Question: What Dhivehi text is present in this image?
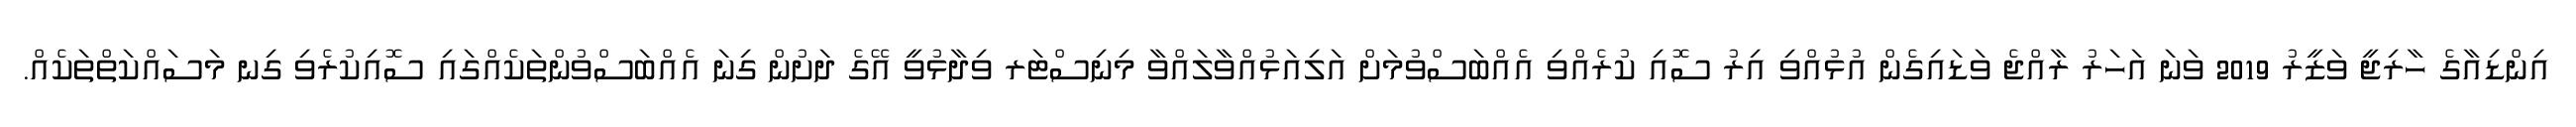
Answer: އިންޑިއާގެ ހާރިޖީ ވަޒީރު 2019 ވަނަ އަހަރު ރާއްޖެ ވަޑައިގެން އުޅުއްވި އިރު ސޮއި ކުރެއްވި އެއްބަސްވުމަށް އަލިއަޅުއްވާލައްވާ މިނިސްޓަރ ވިދާޅުވީ އޭގެ ދަށުން ގިނަ އެއްބަސްވުންތަކެއްގައި ސޮއިކުރެވި ގިނ މަސައްކަތްތަކެއް.